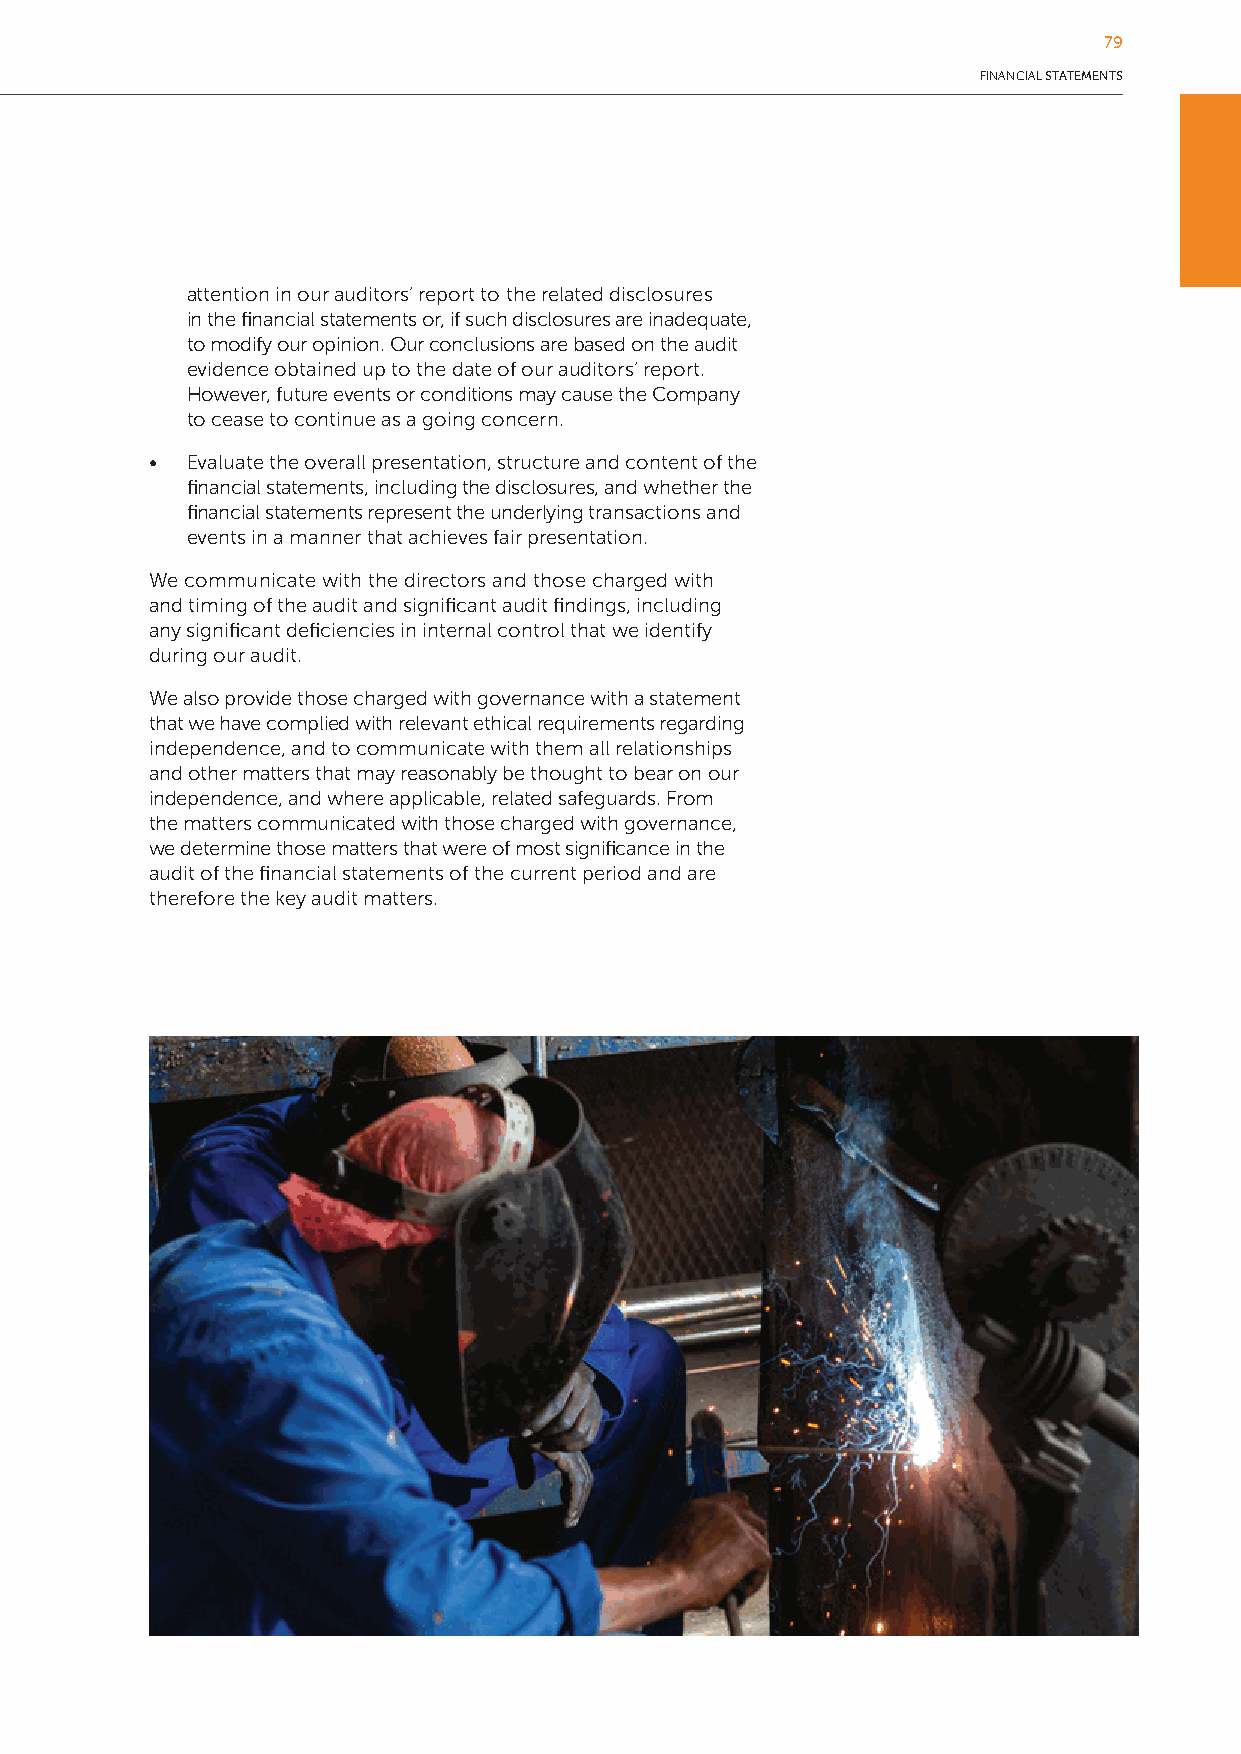
79
 FINANCIAL STATEMENTS
 attention in our auditors’ report to the related disclosures
 in the financial statements or, if such disclosures are inadequate,
 to modify our opinion. Our conclusions are based on the audit
 evidence obtained up to the date of our auditors’ report.
 However, future events or conditions may cause the Company
 to cease to continue as a going concern.
 • Evaluate the overall presentation, structure and content of the
 financial statements, including the disclosures, and whether the
 financial statements represent the underlying transactions and
 events in a manner that achieves fair presentation.
 We communicate with the directors and those charged with
 and timing of the audit and significant audit findings, including
 any significant deficiencies in internal control that we identify
 during our audit.
 We also provide those charged with governance with a statement
 that we have complied with relevant ethical requirements regarding
 independence, and to communicate with them all relationships
 and other matters that may reasonably be thought to bear on our
 independence, and where applicable, related safeguards. From
 the matters communicated with those charged with governance,
 we determine those matters that were of most significance in the
 audit of the financial statements of the current period and are
 therefore the key audit matters.